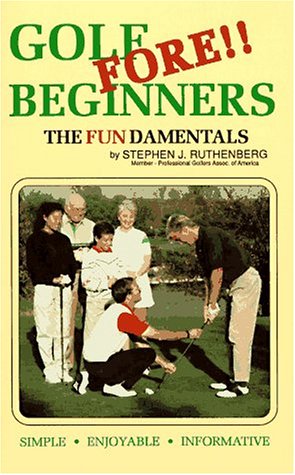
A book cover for Golf Fore Beginners: The Fundamentals; Stephen J. Rutherber; Sports & Outdoors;